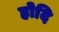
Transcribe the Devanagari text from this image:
होदि